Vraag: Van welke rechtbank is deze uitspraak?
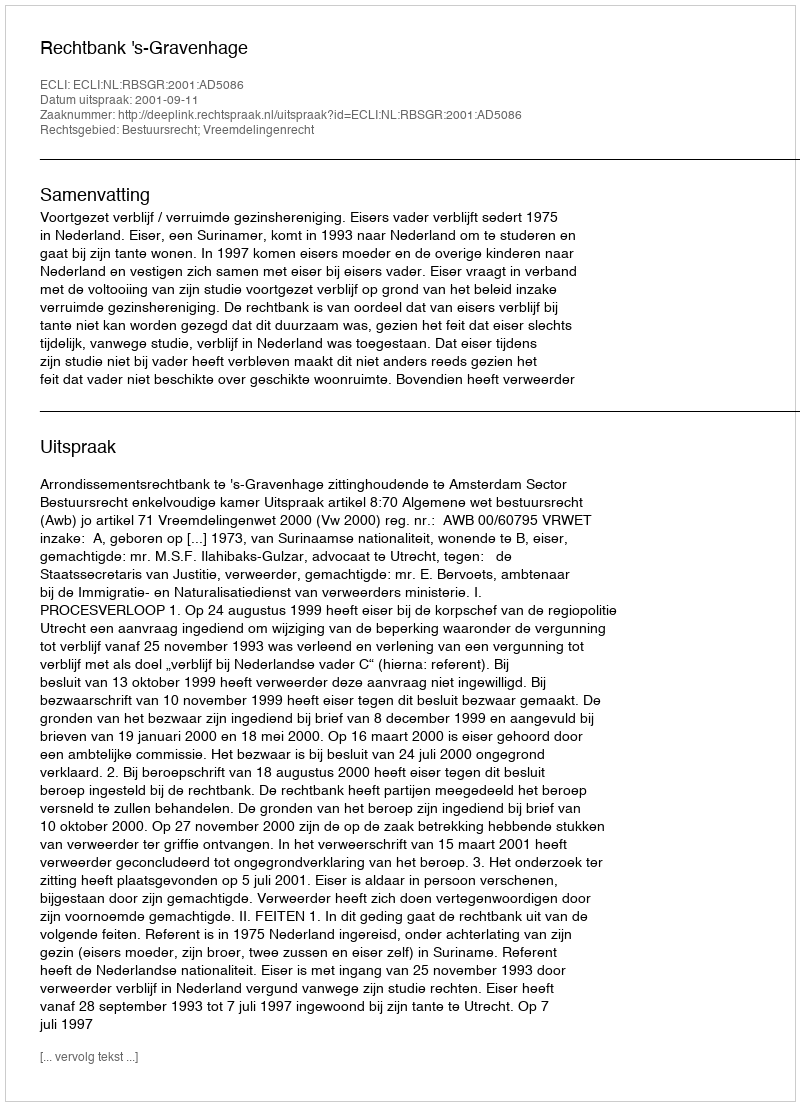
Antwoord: Rechtbank 's-Gravenhage